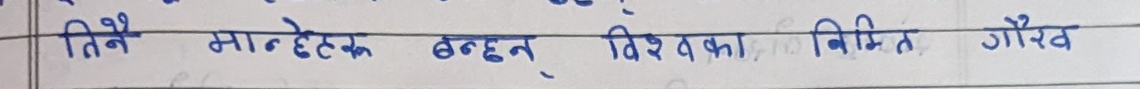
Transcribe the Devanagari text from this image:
तिनै मान्हेरु छन् विश्वका निर्मित गौरव